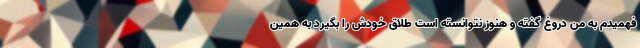
فهمیدم به من دروغ گفته و هنوز نتوانسته است طلاق خودش را بگیرد به همین